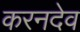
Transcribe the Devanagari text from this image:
करनदेव